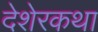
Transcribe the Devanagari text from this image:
देशेरकथा